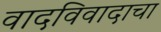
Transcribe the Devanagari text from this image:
वादविवादाचा